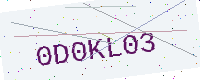
Text: 0D0KL03